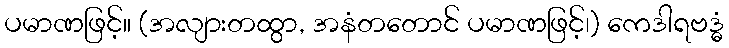
ပမာဏဖြင့်။ (အလျားတထွာ, အနံတတောင် ပမာဏဖြင့်၊) ကေဒါရဗဒ္ဓံ